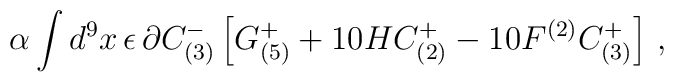
\alpha\int d^{9}x\, \epsilon\, \partial C^{-}_{(3)} \left[G^{+}_{(5)}+10HC^{+}_{(2)}-10F^{(2)}C^{+}_{(3)}\right]\, ,